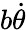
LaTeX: b\dot{\theta}